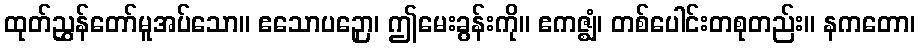
ထုတ်ညွှန်တော်မူအပ်သော။ ဧသောပဉှော၊ ဤမေးခွန်းကို။ ဧကဇ္ဈံ၊ တစ်ပေါင်းတစုတည်း။ နကတော၊